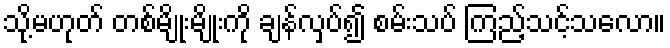
သို့မဟုတ် တစ်မျိုးမျိုးကို ချန်လှပ်၍ စမ်းသပ် ကြည့်သင့်သလော။